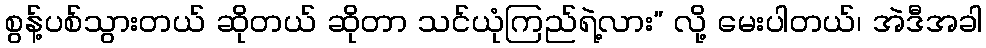
စွန့်ပစ်သွားတယ် ဆိုတယ် ဆိုတာ သင်ယုံကြည်ရဲ့လား” လို့ မေးပါတယ်၊ အဲဒီအခါ